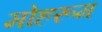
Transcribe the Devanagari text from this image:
मोहरूम